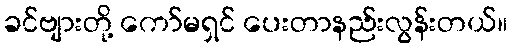
ခင်ဗျားတို့ ကော်မရှင် ပေးတာနည်းလွန်းတယ်။